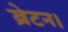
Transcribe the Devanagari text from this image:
ब्रेटन।